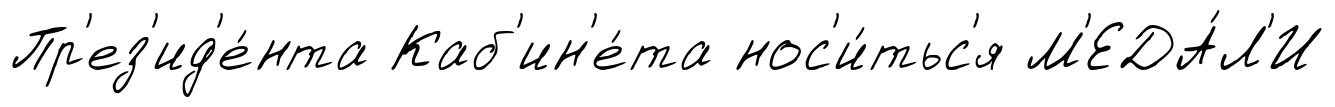
Пр'ез'ид'е́нта Каб'ин'е́та нос'и́тьс'я М'ЕДА́Л'И